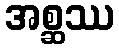
အစ္ဆဿ